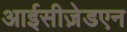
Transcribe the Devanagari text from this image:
आईसीज़ेडएन